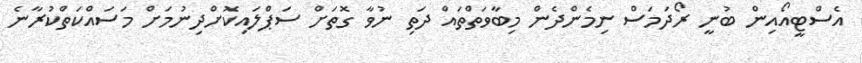
އެސްޓީއޯއިން ބުނީ ރޯދަމަސް ނިމެންދެން މިބާވަތްތައް ދަތި ނުވާ ގޮތަށް ސަޕްލައިކޮށްދިނުމަށް މަސައްކަތްކުރާނެ